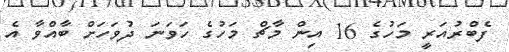
ފެބްރުއަރީ މަހުގެ 16 އިން މާޗް މަހުގެ ހަވަނަ ދުވަހަށް ބާއްވާ އެ